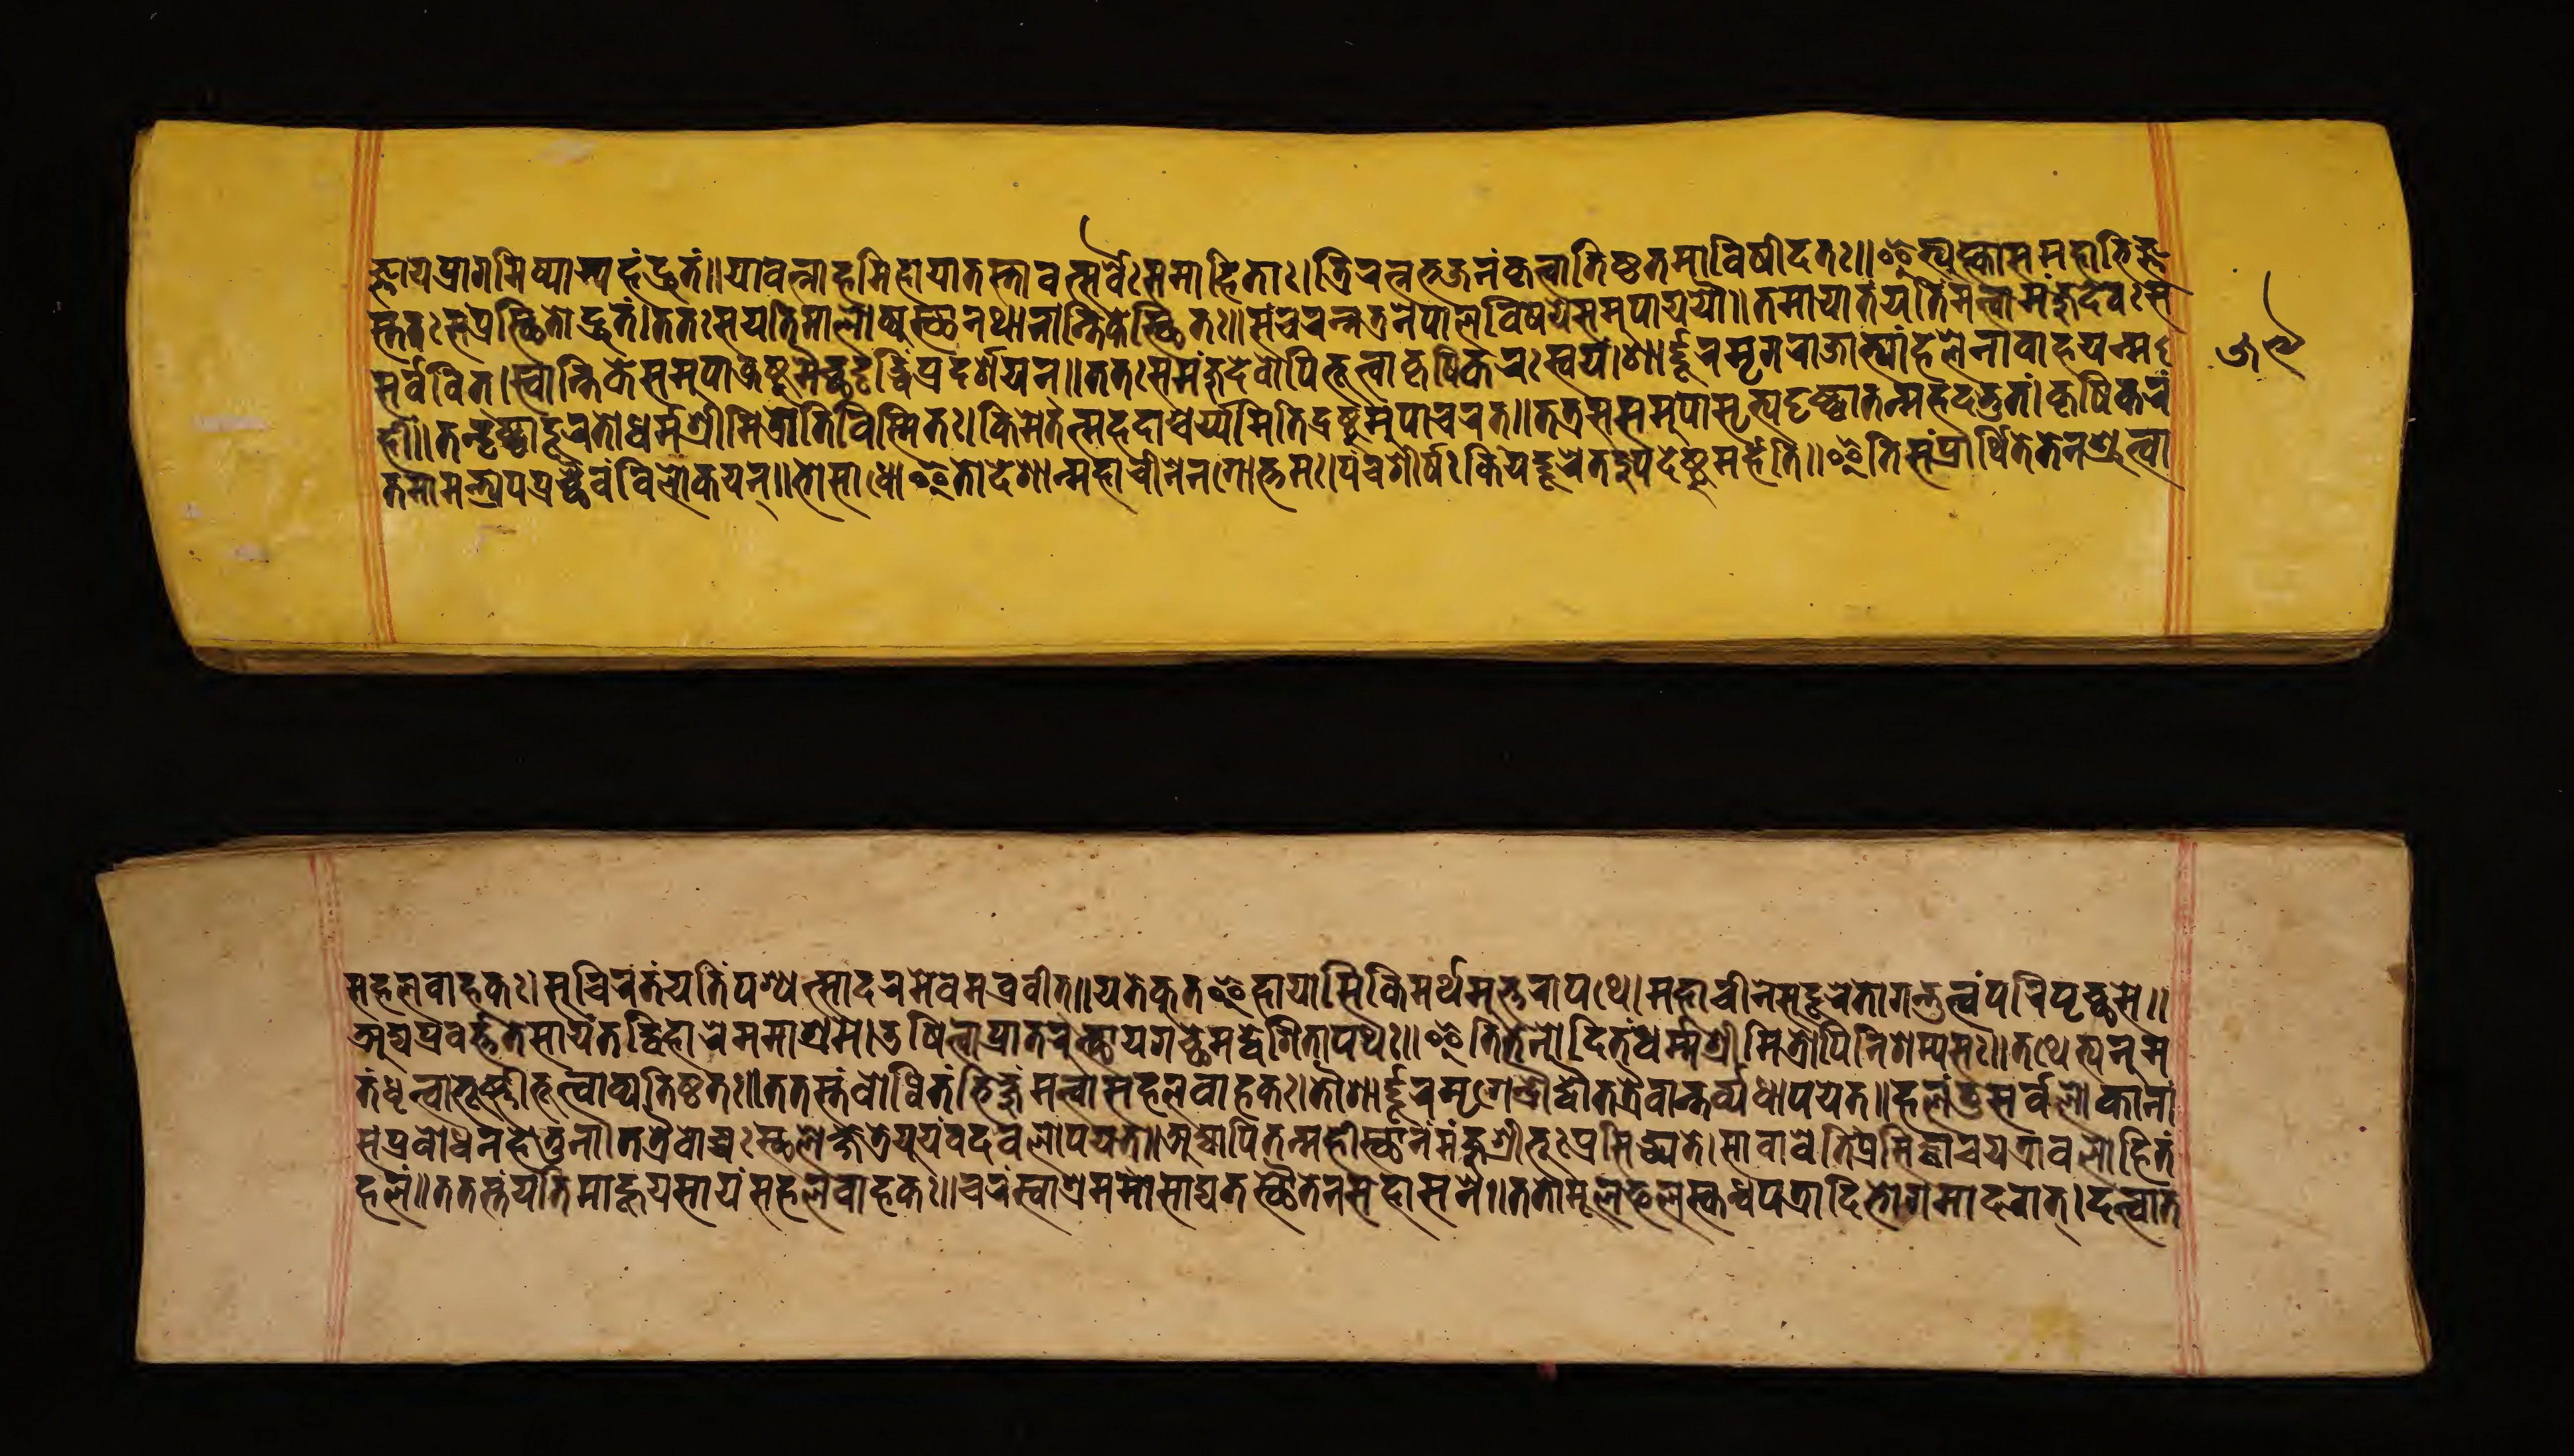
𑐖𑑂𑐘𑐵𑐫𑐁𑐐𑐩𑐶𑐲𑑂𑐫𑐵𑐩𑑂𑐫𑐴𑑄𑐡𑑂𑐬𑐸𑐟𑑄॥𑐫𑐵𑐰𑐣𑑂𑐣𑐵𑐴𑐩𑐶𑐴𑐵𑐫𑐵𑐟𑐳𑑂𑐟𑐵𑐰𑐟𑑂𑐳𑐬𑑂𑐰𑐾𑐳𑐩𑐵𑐴𑐶𑐟𑐵𑑅।𑐟𑑂𑐬𑐶𑐬𑐟𑑂𑐣𑐨𑐖𑐣𑑄𑐎𑐺𑐟𑑂𑐰𑐵𑐟𑐶𑐲𑑂𑐛𑐟𑐩𑐵𑐰𑐶𑐲𑐷𑐡𑐟॥𑐂𑐟𑑂𑐫𑐸𑐎𑑂𑐟𑑂𑐰𑐵𑐳𑐩𑐴𑐵𑐨𑐶𑐖𑑂𑐘 𑐳𑑂𑐟𑐟𑑅𑐳𑑄𑐥𑑂𑐬𑐳𑑂𑐠𑐶𑐟𑑀𑐡𑑂𑐬𑐸𑐟𑑄।𑐟𑐟𑑅𑐳𑐫𑐟𑐶𑐩𑐵𑐮𑑀𑐲𑑂𑐫𑐸𑐳𑑂𑐠𑐣𑐠𑐵𑐣𑐵𑐣𑑂𑐟𑐶𑐎𑐾𑐳𑑂𑐠𑐶𑐟𑑅॥𑐳𑐘𑑂𑐔𑐬𑐣𑑂𑐣𑐟𑑂𑐬𑐣𑐾𑐥𑐵𑐮𑐰𑐶𑐲𑐫𑐾𑐳𑐩𑐸𑐥𑐵𑐫𑐫𑑁॥𑐟𑐩𑐵𑐫𑐵𑐟𑑄𑐫𑐟𑐶𑑄𑐣𑐟𑑂𑐰𑐵𑐩𑐘𑑂𑐖𑐸𑐡𑐾𑐰𑑅𑐳 𑐳𑐬𑑂𑐰𑐰𑐶𑐟𑑂।𑐳𑑂𑐰𑐵𑐣𑑂𑐟𑐶𑐎𑐾𑐳𑐩𑐸𑐥𑐵𑐡𑑂𑐬𑐲𑑂𑐚𑐸𑐩𑐾𑐔𑑂𑐕𑐟𑐺𑐡𑑂𑐢𑐶𑑄𑐥𑑂𑐬𑐡𑐬𑑂𑐱𑐫𑐣𑑂॥𑐟𑐟𑑅𑐩𑑄𑐖𑐸𑐡𑐾𑐰𑑀𑑇𑐥𑐶𑐨𑐹𑐟𑑂𑐰𑐵𑐎𑐺𑐲𑐶𑐎𑐬𑑅𑐳𑑂𑐰𑐫𑑄।𑐱𑐵𑐬𑑂𑐡𑐹𑐮𑐩𑐺𑐐𑐬𑐵𑐖𑐵𑐨𑑂𑐫𑐵𑑄𑐴𑐮𑐾𑐣𑐵𑐎𑐬𑑂𑐲𑐫𑐣𑑂𑐩 𑐴𑐷𑑄॥𑐟𑑄𑐡𑐺𑐲𑑂𑐚𑑂𑐰𑐵𑐡𑐹𑐬𑐟𑑀𑐢𑐬𑑂𑐩𑑂𑐩𑐱𑑂𑐬𑐷𑐩𑐶𑐟𑑂𑐬𑑀𑐀𑐟𑐶𑐰𑐶𑐳𑑂𑐩𑐶𑐟𑑅।𑐎𑐶𑐩𑐾𑐟𑐟𑑂𑐩𑐴𑐡𑐵𑐱𑑂𑐔𑐬𑑂𑐫𑐩𑐶𑐟𑐶𑐡𑑂𑐬𑐲𑑂𑐚𑐸𑐩𑐸𑐫𑐵𑐔𑐬𑐟𑑂॥𑐟𑐟𑑅𑐳𑐩𑐸𑐥𑐵𑐱𑑂𑐬𑐶𑐟𑑂𑐫𑐡𑐺𑐲𑑂𑐚𑑂𑐰𑐵𑐟𑐣𑑂𑐩𑐴𑐡𑐡𑑂𑐨𑐸𑐟𑑄।𑐎𑐺𑐲𑐶𑐎𑐬𑑄 𑐟𑐩𑐵𑐩𑐣𑑂𑐟𑑂𑐬𑑂𑐫𑐥𑐥𑑂𑐬𑐔𑑂𑐕𑐿𑐰𑐰𑑂𑐫𑐰𑐮𑑀𑐎𑐫𑐣𑑂॥𑐨𑑀𑐳𑐵𑐢𑑀𑐂𑐟𑑀𑐡𑐾𑐱𑐵𑐣𑑂𑐩𑐴𑐵𑐔𑐷𑐣𑐣𑐐𑑀𑐎𑑂𑐟𑐩𑑅।𑐥𑐘𑑂𑐔𑐱𑐷𑐬𑑂𑐲𑑅𑐎𑐶𑐫𑐡𑑂𑐡𑐹𑐬𑐾𑐟𑐡𑐸𑐥𑐡𑐾𑐲𑑂𑐚𑐸𑐩𑐬𑑂𑐴𑐟𑐶॥𑐂𑐟𑐶𑐳𑑄𑐥𑑂𑐬𑐵𑐬𑑂𑐠𑐶𑐟𑐾𑐟𑐾𑐣𑐱𑑂𑐬𑐸𑐟𑑂𑐰𑐵 𑐳𑐴𑐮𑐰𑐵𑐴𑐎𑑅।𑐳𑐸𑐔𑐶𑐬𑑄𑐟𑑄𑐫𑐟𑐶𑑄𑐥𑐱𑑂𑐫𑐣𑑂𑐳𑐵𑐡𑐬𑐩𑐾𑐰𑐩𑐰𑑂𑐬𑐰𑐷𑐟𑑂॥𑐫𑐟𑑂𑐟𑑂𑐰𑑄𑐎𑐸𑐟𑐿𑐴𑐵𑐫𑐵𑐳𑐶𑐎𑐶𑐩𑐬𑑂𑐠𑐩𑐸𑐎𑑂𑐟𑐬𑐵𑐥𑐠𑐾।𑐩𑐴𑐵𑐔𑐷𑐣𑐳𑑂𑐫𑐡𑐹𑐬𑐟𑑀𑐐𑐣𑑂𑐟𑐸𑑄𑐟𑑂𑐰𑑄𑐥𑐬𑐶𑐥𑐺𑐔𑑂𑐕𑐳𑐾॥ 𑐀𑐡𑑂𑐫𑐥𑑂𑐬𑐰𑐬𑑂𑐟𑐟𑐾𑐳𑐵𑐫𑑄𑐟𑐡𑑂𑐰𑐶𑐴𑐵𑐬𑐾𑐩𑐩𑐵𑐱𑑂𑐬𑐩𑐾।𑐄𑐲𑐶𑐟𑑂𑐰𑐵𑐥𑑂𑐬𑐵𑐟𑐬𑐸𑐟𑑂𑐠𑐵𑐫𑐐𑐔𑑂𑐕𑐩𑐡𑑂𑐡𑐾𑐱𑐶𑐟𑐵𑐟𑑂𑐥𑐠𑑅॥𑐂𑐟𑐶𑐟𑐾𑐣𑑀𑐡𑐶𑐟𑑄𑐢𑐬𑑂𑐩𑐱𑑂𑐬𑐷𑐩𑐶𑐟𑑂𑐬𑑀𑐣𑐶𑐱𑑄𑐩𑑂𑐫𑐳𑑅॥𑐟𑐠𑐾𑐟𑑂𑐫𑐣𑐸𑐩 𑐟𑑄𑐢𑐺𑐟𑑂𑐰𑐵𑐟𑐹𑐲𑑂𑐞𑐷𑑄𑐨𑐹𑐟𑑂𑐰𑐵𑐰𑑂𑐫𑐟𑐶𑐲𑑂𑐛𑐟𑑅॥𑐟𑐟𑑅𑐳𑑄𑐧𑑀𑐢𑐶𑐟𑑄𑐨𑐶𑐎𑑂𑐲𑐸𑐩𑐟𑑂𑐰𑐵𑐳𑐴𑐮𑐰𑐵𑐴𑐎𑑅।𑐟𑑁𑐱𑐵𑐬𑑂𑐡𑐸𑐮𑐩𑐺𑐐𑐾𑐣𑑂𑐡𑑂𑐬𑑀𑐡𑑂𑐰𑑁𑐟𑐟𑑂𑐬𑐿𑐰𑐵𑐣𑑂𑐟𑐰𑑂𑐫𑐬𑑂𑐢𑐵𑐥𑐫𑐾𑐟𑑂॥𑐴𑐮𑑄𑐟𑐸𑐳𑐬𑑂𑐰𑐮𑑀𑐎𑐵𑐣𑐵𑑄 𑐳𑑄𑐥𑑂𑐬𑐰𑑀𑐢𑐣𑐴𑐾𑐟𑐸𑐣𑐵।𑐟𑐟𑑂𑐬𑐿𑐰𑑀𑐔𑑂𑐔𑐳𑑂𑐠𑐮𑐎𑑂𑐲𑐾𑐟𑑂𑐬𑐾𑐫𑐹𑐥𑐰𑐡𑐰𑐬𑑀𑐥𑐫𑐟𑑂॥𑐀𑐡𑑂𑐫𑐵𑐥𑐶𑐟𑐟𑑂𑐩𑐴𑐷𑐳𑑂𑐠𑐵𑐣𑑄𑐩𑐘𑑂𑐖𑐸𑐱𑑂𑐬𑐷𑐨𑐹𑑅𑐥𑑂𑐬𑐳𑐶𑐢𑑂𑐫𑐟𑐾।𑐳𑐵𑐰𑐵𑐔𑐾𑐟𑐶𑐥𑑂𑐬𑐳𑐶𑐡𑑂𑐢𑐵𑐔𑐫𑐟𑑂𑐬𑐵𑐰𑐬𑑀𑐥𑐶𑐟𑑄 𑐴𑐮𑑄॥𑐟𑐟𑐳𑑂𑐟𑑄𑐫𑐟𑐶𑐩𑐵𑐴𑐸𑐫𑐳𑐵𑐫𑑄𑐳𑐴𑐮𑐰𑐵𑐴𑐎𑑅॥𑐔𑐬𑑄𑐳𑑂𑐰𑐵𑐱𑑂𑐬𑐩𑐩𑑀𑐳𑐵𑐡𑑂𑐫𑐟𑐳𑑂𑐠𑐿𑐟𑑂𑐟𑐾𑐣𑐳𑐡𑐵𑐳𑐣𑐾॥𑐟𑐟𑑀𑐩𑐹𑐮𑐦𑐮𑐳𑑂𑐎𑐣𑑂𑐢𑐥𑐟𑑂𑐬𑐵𑐡𑐶𑐨𑑀𑐐𑐩𑐵𑐡𑐬𑐵𑐟𑑂।𑐡𑐟𑑂𑐰𑐵𑐟 𑑕𑑙